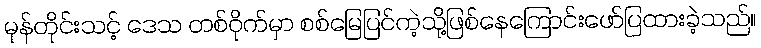
မုန်တိုင်းသင့် ဒေသ တစ်ဝိုက်မှာ စစ်မြေပြင်ကဲ့သို့ဖြစ်နေကြောင်းဖော်ပြထားခဲ့သည်။